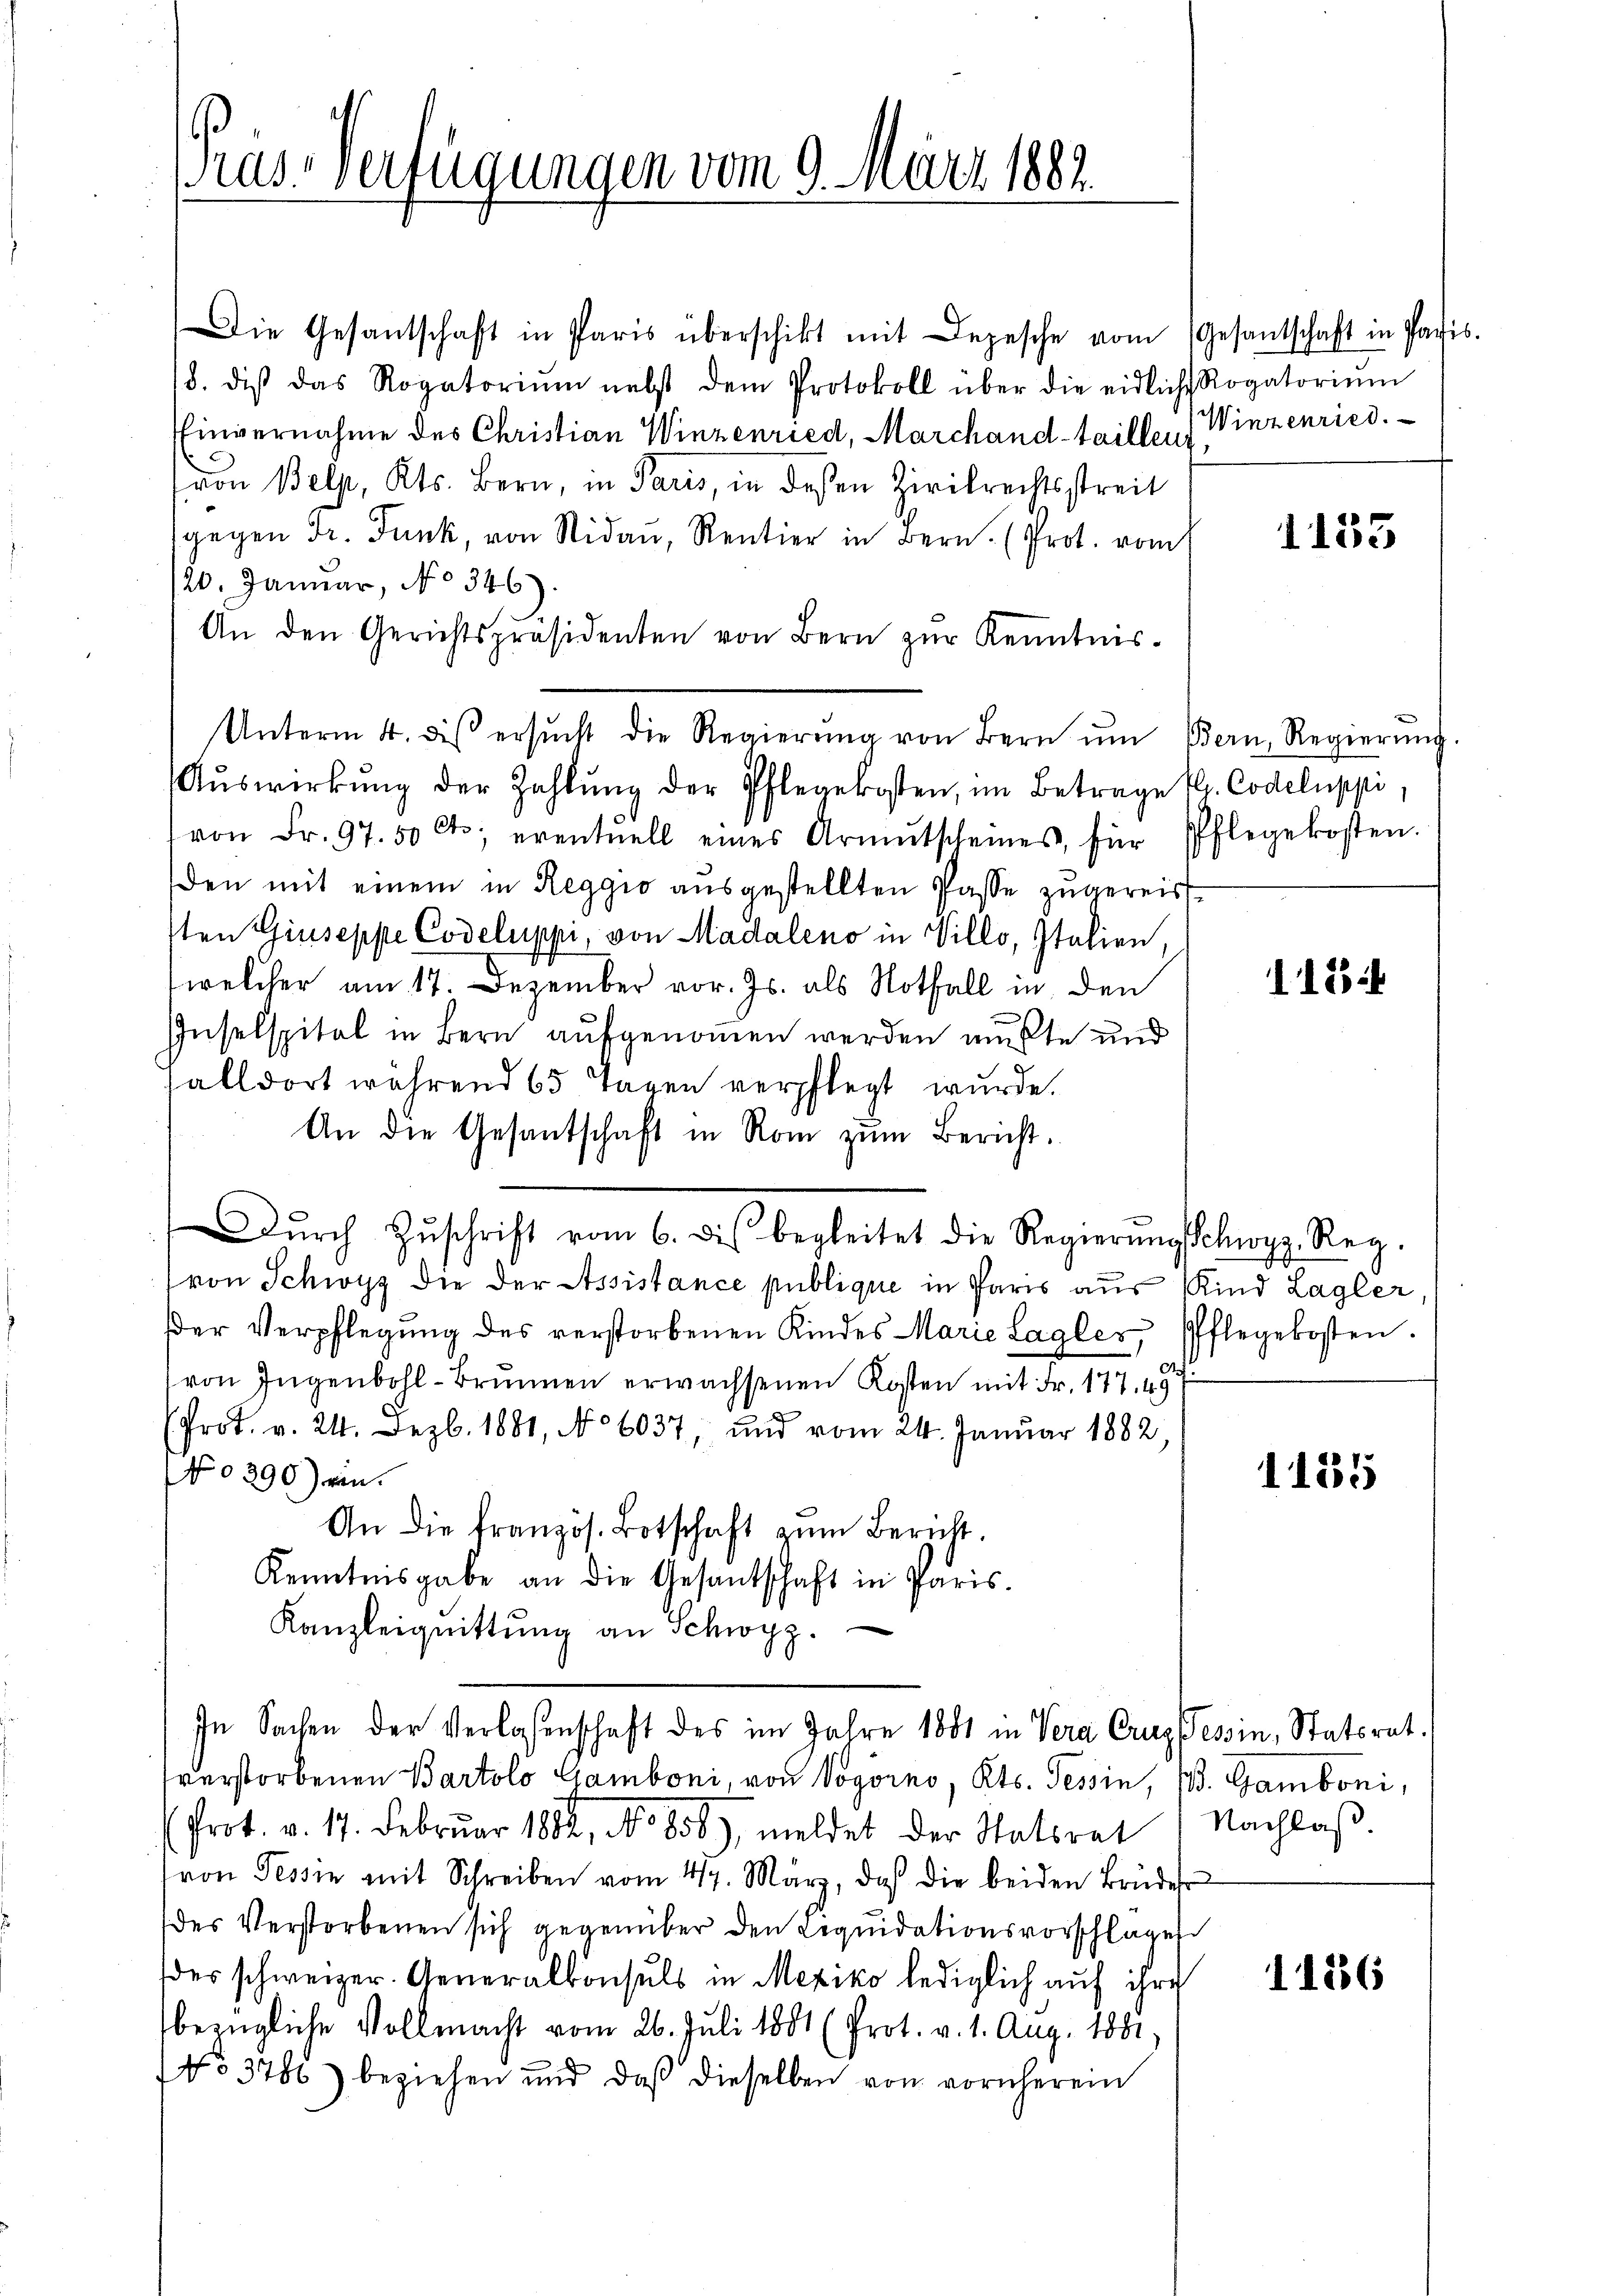
ras-Verfügungen vom 9. März 1882.

Die Gesantschaft in Paris überschikt mit Depesche vom
18. dis das Rogatoriŭm nebst dem Protokoll über die eidlich
finvernahme des Christian Winzenried, Marchand-taillens
von Belp, Kts. Bern, in Paris, in dessen Zivilrechtsstreit
sgegen Dr. Funk, von Nidau, Rentier in Bern. Prot. vom
20. Januar, No 346).
An den Gerichtspräsidenten von Bern zŭr Kenntnis-
Aŭswirkŭng der Zahlŭng der Pflegekosten, im Betrage
von Fr. 97. 50 Cts. eventuell eines Armutscheines, für
den mit einem in Reggio ausgestellten Pässe zugereis
sten Giuseppe Codeluppi, von Madaleno in Villo, Italien,
(welcher am 17. Dezember vor. Js. als Nothall in den
Inselspital in Bern aufgenommen werden mußte und
alldort während 65 Tagen verpflegt wurde.
An die Gesantschaft in Rom zŭm Bericht.
Dŭrch Zŭschrift vom 6. dis begleitet die Regierŭng schwyz. Reg.
(von Schwyz die der Assistance publique in Paris aus Kind Lagler
der Verpflegŭng des verstorbenen Kindes Marie Lagler, Pflegekosten.
von Jugenbohl-Brunnen erwachsenen Kosten mit Fr. 177, 49
(Prot. v. 24. Dezb. 1881, No 6037 und vom 24. Januar 1882
No 390) ein.
An die französ. Botschaft zŭm Bericht.
Kenntnisgabe an die Gesantschaft in Paris.
Kanzleiquittung an Schwyz.
In Sachen der Verlassenschaft des im Jahre 1881 in Vera Crug Tessin, Statsrat.
sverstorbenen Bartolo Gamboni, von Vogorno, Kts. Tessin, 1. Gamboni,
Prot. v. 17. Februar 1882, No 856), meldet der Statsrat
von Tessin mit Schreiben vom 4. März, daß die beiden Brüder
des Verstorbenen sich gegenüber den Liquidationsvorschlage
des schweizer. Generalkonsuls in Mexiko lediglich auf ihre
bezügliche Vollmacht vom 26. Juli 1881 (Prot. v. 1. Aug. 1881,
No 3786) beziehen und daß dieselben von vornherem

Unterm 4. des ersŭcht die Regierŭng von Bern ŭm Bern, Regierŭng

Gesantschaft in Paris.
Rogatorium
Winzenried.

1135

G. Codeluppi,
Pflegekosten.

1154

1185

Nachlaß.

1186